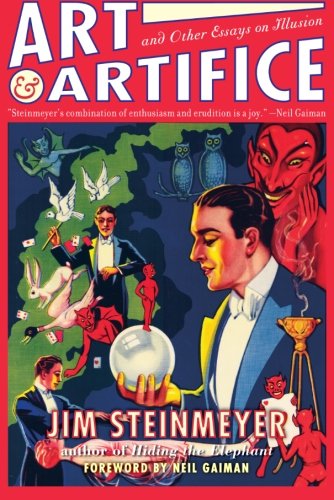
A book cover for Art and Artifice: And Other Essays of Illusion; Jim Steinmeyer; Humor & Entertainment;